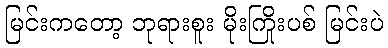
မြင်းကတော့ ဘုရားစူး မိုးကြိုးပစ် မြင်းပဲ